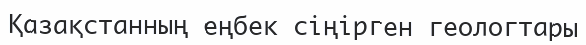
Қазақстанның еңбек сіңірген геологтары